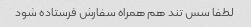
لطفا سس تند هم همراه سفارش فرستاده شود